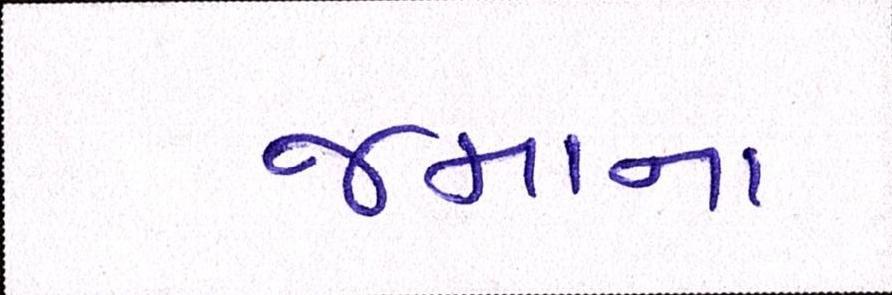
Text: જમાના